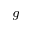
_ { g }